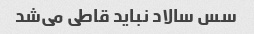
سس سالاد نباید قاطى می‌شد